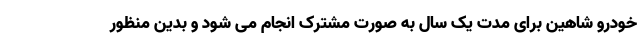
خودرو شاهین برای مدت یک سال به صورت مشترک انجام می شود و بدین منظور